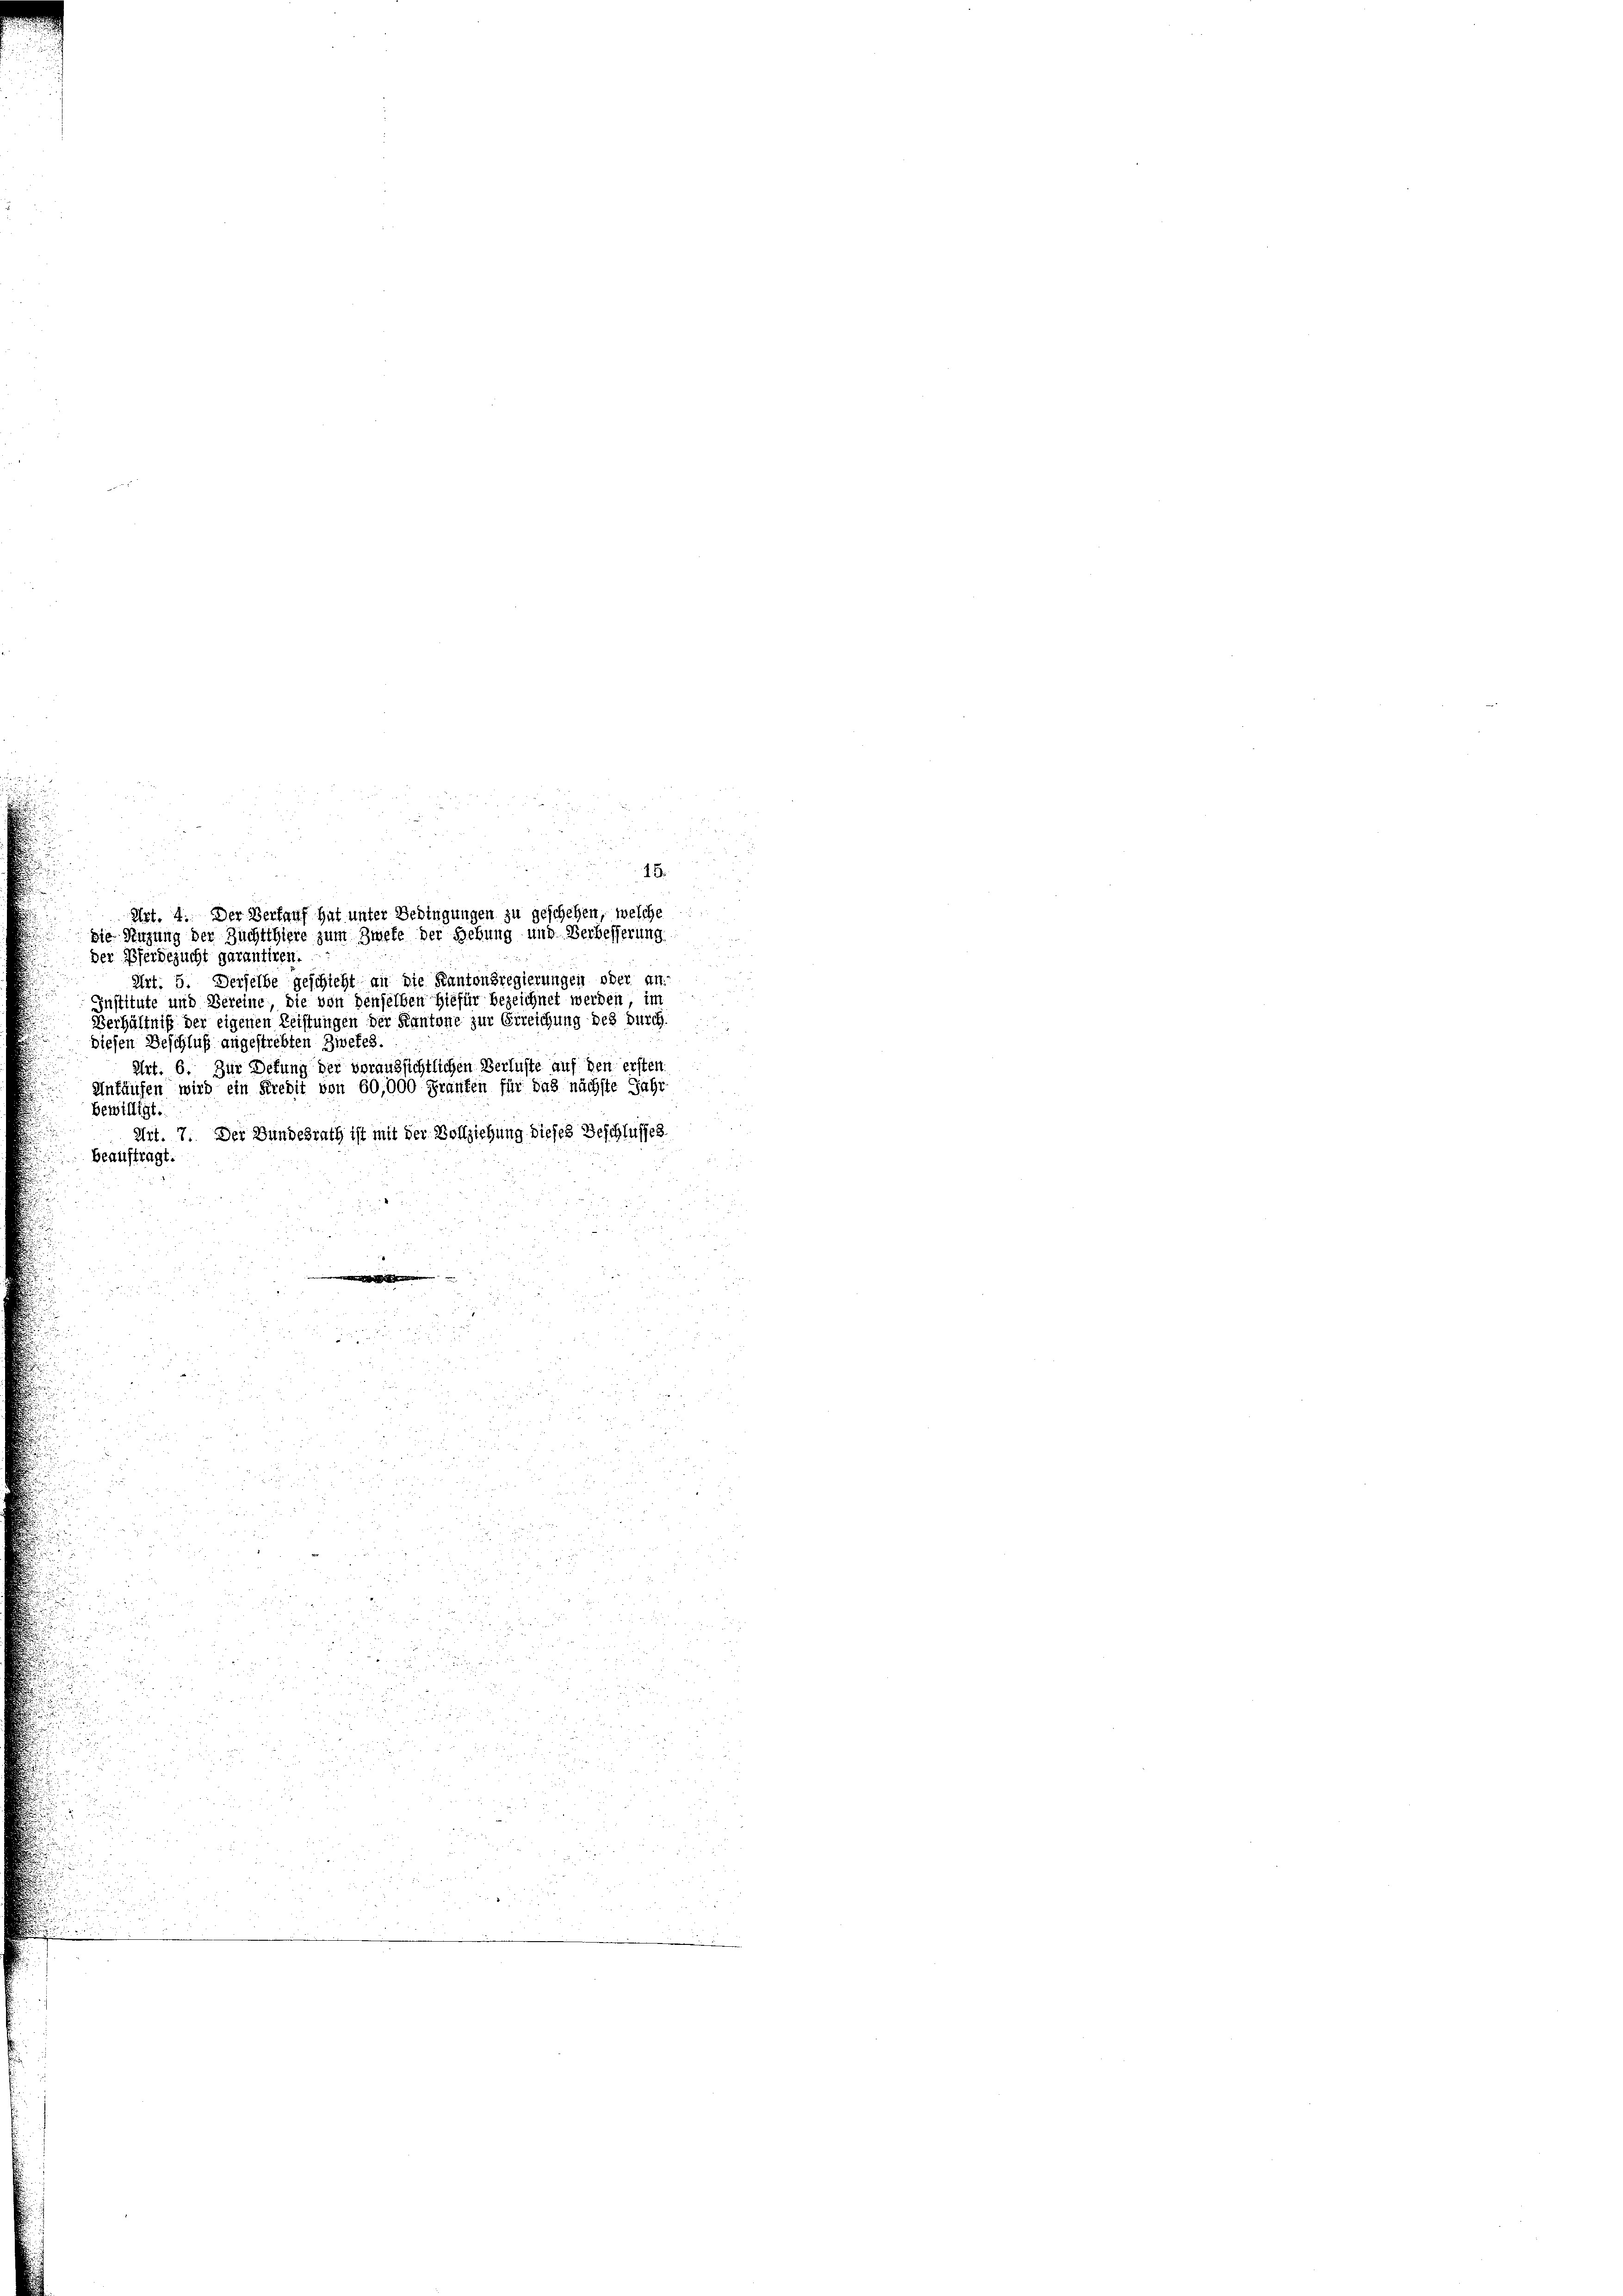
der Pferdezucht garantiren.

Art. 4. Der Verlauf hat unter Bedingungen zu geschehen, welche
die Stüzung der Zuchtthiere zum Zwete der Gebung und Verbesserung

Art. 5. Derselbe geschieht an die Kantonsregierungen oder an-
Institute und Vereine, die von denselben hiefür bezeichnet werden im
Verhältniß der eigenen Leistungen der Kantone zur Erreichung des durch
diesen Beschluß angestrebten Zwefes.
Art. 6. Zur Defung der voraussichtlichen Verluste auf den ersten
Ankäufen wird ein Predit von 60,000 Franken für das nächste Jahr-
bewilligt.
Art. 7. Der Bundesrath ist mit der Vollziehung dieses Beschlusses
beauftragt.
e

15.

¬